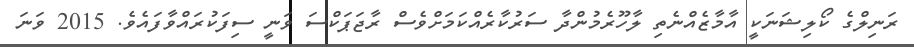
ރަނިލްގެ ކޯލިޝަނަކީ އާމާޒެއްނެތި ލާހޫރެމުންދާ ސަރުކާރެއްކަމަށްވެސް ރާޖަޕަކްސަ ވަނީ ސިފަކުރައްވާފައެވެ. 2015 ވަނަ